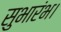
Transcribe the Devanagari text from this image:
सुभारंभ।